Proceedings of the meeting of veterinary officers in India
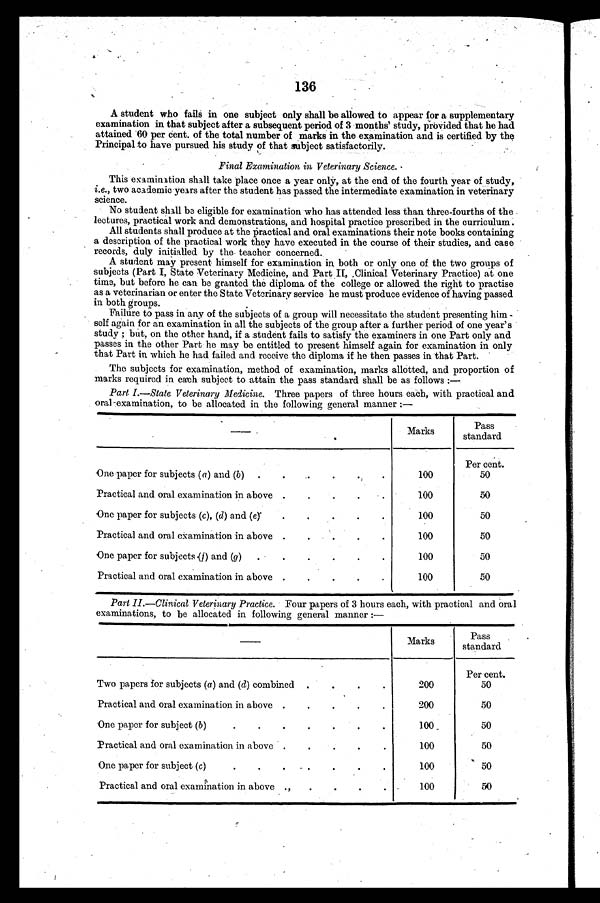
136
A student who fails in one subject only shall be allowed to appear for a supplementary
examination in that subject after a subsequent period of 3 months' study, provided that he had
attained 60 per cent. of the total number of marks in the examination and is certified by the
Principal to have pursued his study of that subject satisfactorily.
Final Examination in Veterinary Science.
This examination shall take place once a year only, at the end of the fourth year of study,
i.e., two academic years after the student has passed the intermediate examination in veterinary
science.
No student shall be eligible for examination who has attended less than three-fourths of the
lectures, practical work and demonstrations, and hospital practice prescribed in the curriculum.
All students shall produce at the practical and oral examinations their note books containing
a description of the practical work they have executed in the course of their studies, and case
records, duly initialled by the teacher concerned.
A student may present himself for examination in both or only one of the two groups of
subjects (Part I, State Veterinary Medicine, and Part II, Clinical Veterinary Practice) at one
time, but before he can be granted the diploma of the college or allowed the right to practise
as a veterinarian or enter the State Veterinary service he must produce evidence of having passed
in both groups.
Failure to pass in any of the subjects of a group will necessitate the student presenting him -
self again for an examination in all the subjects of the group after a further period of one year's
study; but, on the other hand, if a student fails to satisfy the examiners in one Part only and
passes in the other Part he may be entitled to present himself again for examination in only
that Part in which he had failed and receive the diploma if he then passes in that Part.
The subjects for examination, method of examination, marks allotted, and proportion of
marks required in each subject to attain the pass standard shall be as follows:—
Part I.—State Veterinary Medicine. Three papers of three hours each, with practical and
oral examination, to be allocated in the following general manner:—
—
One paper for subjects (a) and (b)
.
.
.
.
.
.
Practical and oral examination in above .
.
.
.
.
One paper for subjects (c), (d) and (e)
.
.
.
.
.
Practical and oral examination in above .
.
.
.
.
One paper for subjects (f) and (g)
.
.
.
.
.
.
Practical and oral examination in above .
.
.
.
.
Marks
100
100
100
100
100
100
Pass
standard
Per cent.
50
50
50
50
50
50
Part II.—Clinical Veterinary Practice. Four papers of 3 hours each, with practical and oral
examinations, to be allocated in following general manner:—
—
Two papers for subjects (a) and (d) combined .
.
.
.
Practical and oral examination in above .
.
.
.
.
One paper for subject (b)
.
.
.
.
.
.
.
Practical and oral examination in above .
.
.
.
.
One paper for subject (c)
.
.
.
.
.
.
.
Practical and oral examination in above . . . . . .
Marks
200
200
100
100
100
100
Pass
standard
Per cent.
50
50
50
50
50
50